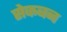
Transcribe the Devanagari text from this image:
सेकबन